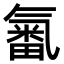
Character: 𣱫